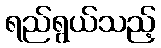
ရည်ရွယ်သည့်